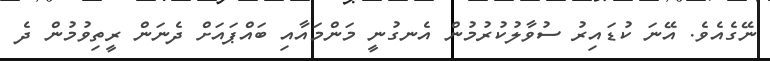
ނޭގެއެވެ. އޭނަ ކުޑައިރު ސުވާލުކުރުމުން އެނގުނީ މަންމައާއި ބައްޕައަށް ދެނަން ރީތިވުމުން ދެ